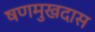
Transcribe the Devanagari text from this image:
षणमुखदास